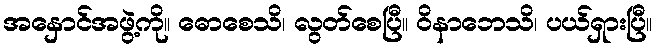
အနှောင်အဖွဲ့ကို။ ဓောစေသိ၊ လွတ်စေပြီ။ ဝိနာဘေသိ၊ ပယ်ရှားပြီ။